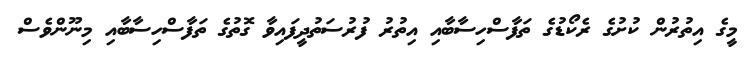
މީގެ އިތުރުން ކުށުގެ ރެކޯޑުގެ ތަފާސްހިސާބާއި އިތުރު ފުރުސަތުދީފައިވާ ގޮތުގެ ތަފާސްހިސާބާއި މިނޫންވެސް